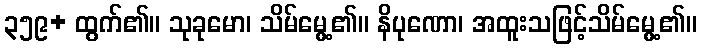
၃၅၉+ ထွက်၏။ သုခုမော၊ သိမ်မွေ့၏။ နိပုဏော၊ အထူးသဖြင့်သိမ်မွေ့၏။